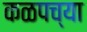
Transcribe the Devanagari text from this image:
कळपच्या